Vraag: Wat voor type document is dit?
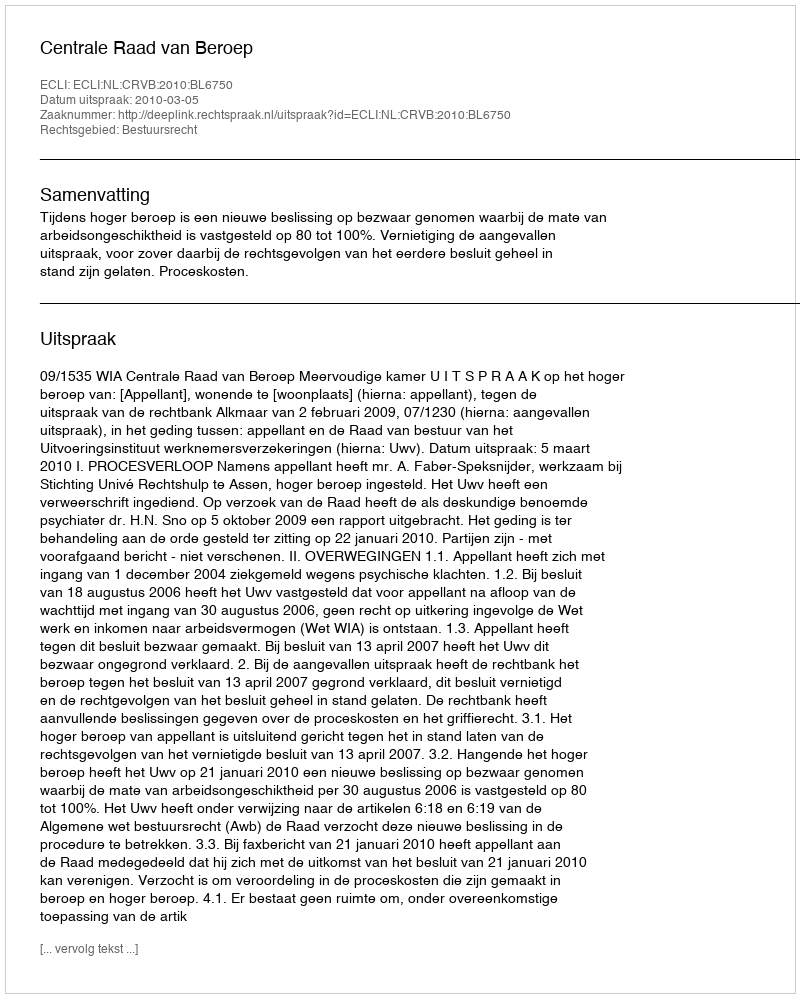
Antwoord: Uitspraak